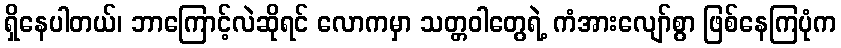
ရှိနေပါတယ်၊ ဘာကြောင့်လဲဆိုရင် လောကမှာ သတ္တဝါတွေရဲ့ ကံအားလျော်စွာ ဖြစ်နေကြပုံက